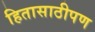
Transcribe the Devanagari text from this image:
हितासाठीपण